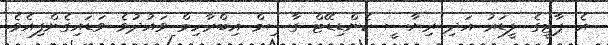
އެ ޕާޓީގެ ލީޑަރު އަދި ރިޔާސީ ކެންޑިޑޭޓް ގާސިމް އިބްރާހިމް ވައުދުވެ ވަޑައިގެންފިއެވެ.